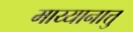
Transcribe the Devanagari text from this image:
माय्यानात्तु